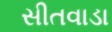
સીતવાડા